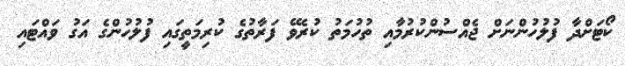
ކޯޓަށްދާ ފުލުހުންނަށް ޖެއްސުންކުރުމާއި ތުހުމަތު ކުރެވޭ ފަރާތުގެ ކުރިމަތީގައި ފުލުހުންގެ އަގު ވައްޓައި